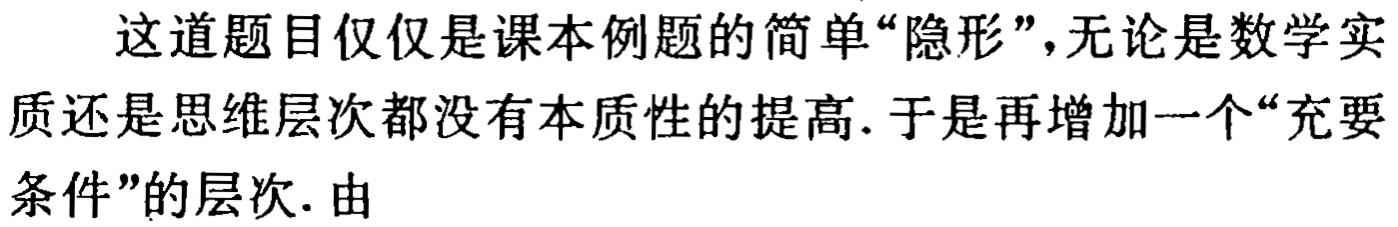
这道题目仅仅是课本例题的简单“隐形”，无论是数学实质还是思维层次都没有本质性的提高. 于是再增加一个“充要条件”的层次. 由